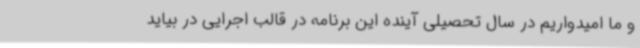
و ما امیدواریم در سال تحصیلی آینده این برنامه در قالب اجرایی در بیاید